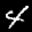
Label: 4